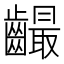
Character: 𪙦